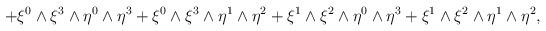
LaTeX: \begin{align*}+\xi^0\wedge\xi^3\wedge\eta^0\wedge\eta^3+\xi^0\wedge\xi^3\wedge\eta^1\wedge\eta^2+\xi^1\wedge\xi^2\wedge\eta^0\wedge\eta^3+\xi^1\wedge\xi^2\wedge\eta^1\wedge\eta^2,\end{align*}